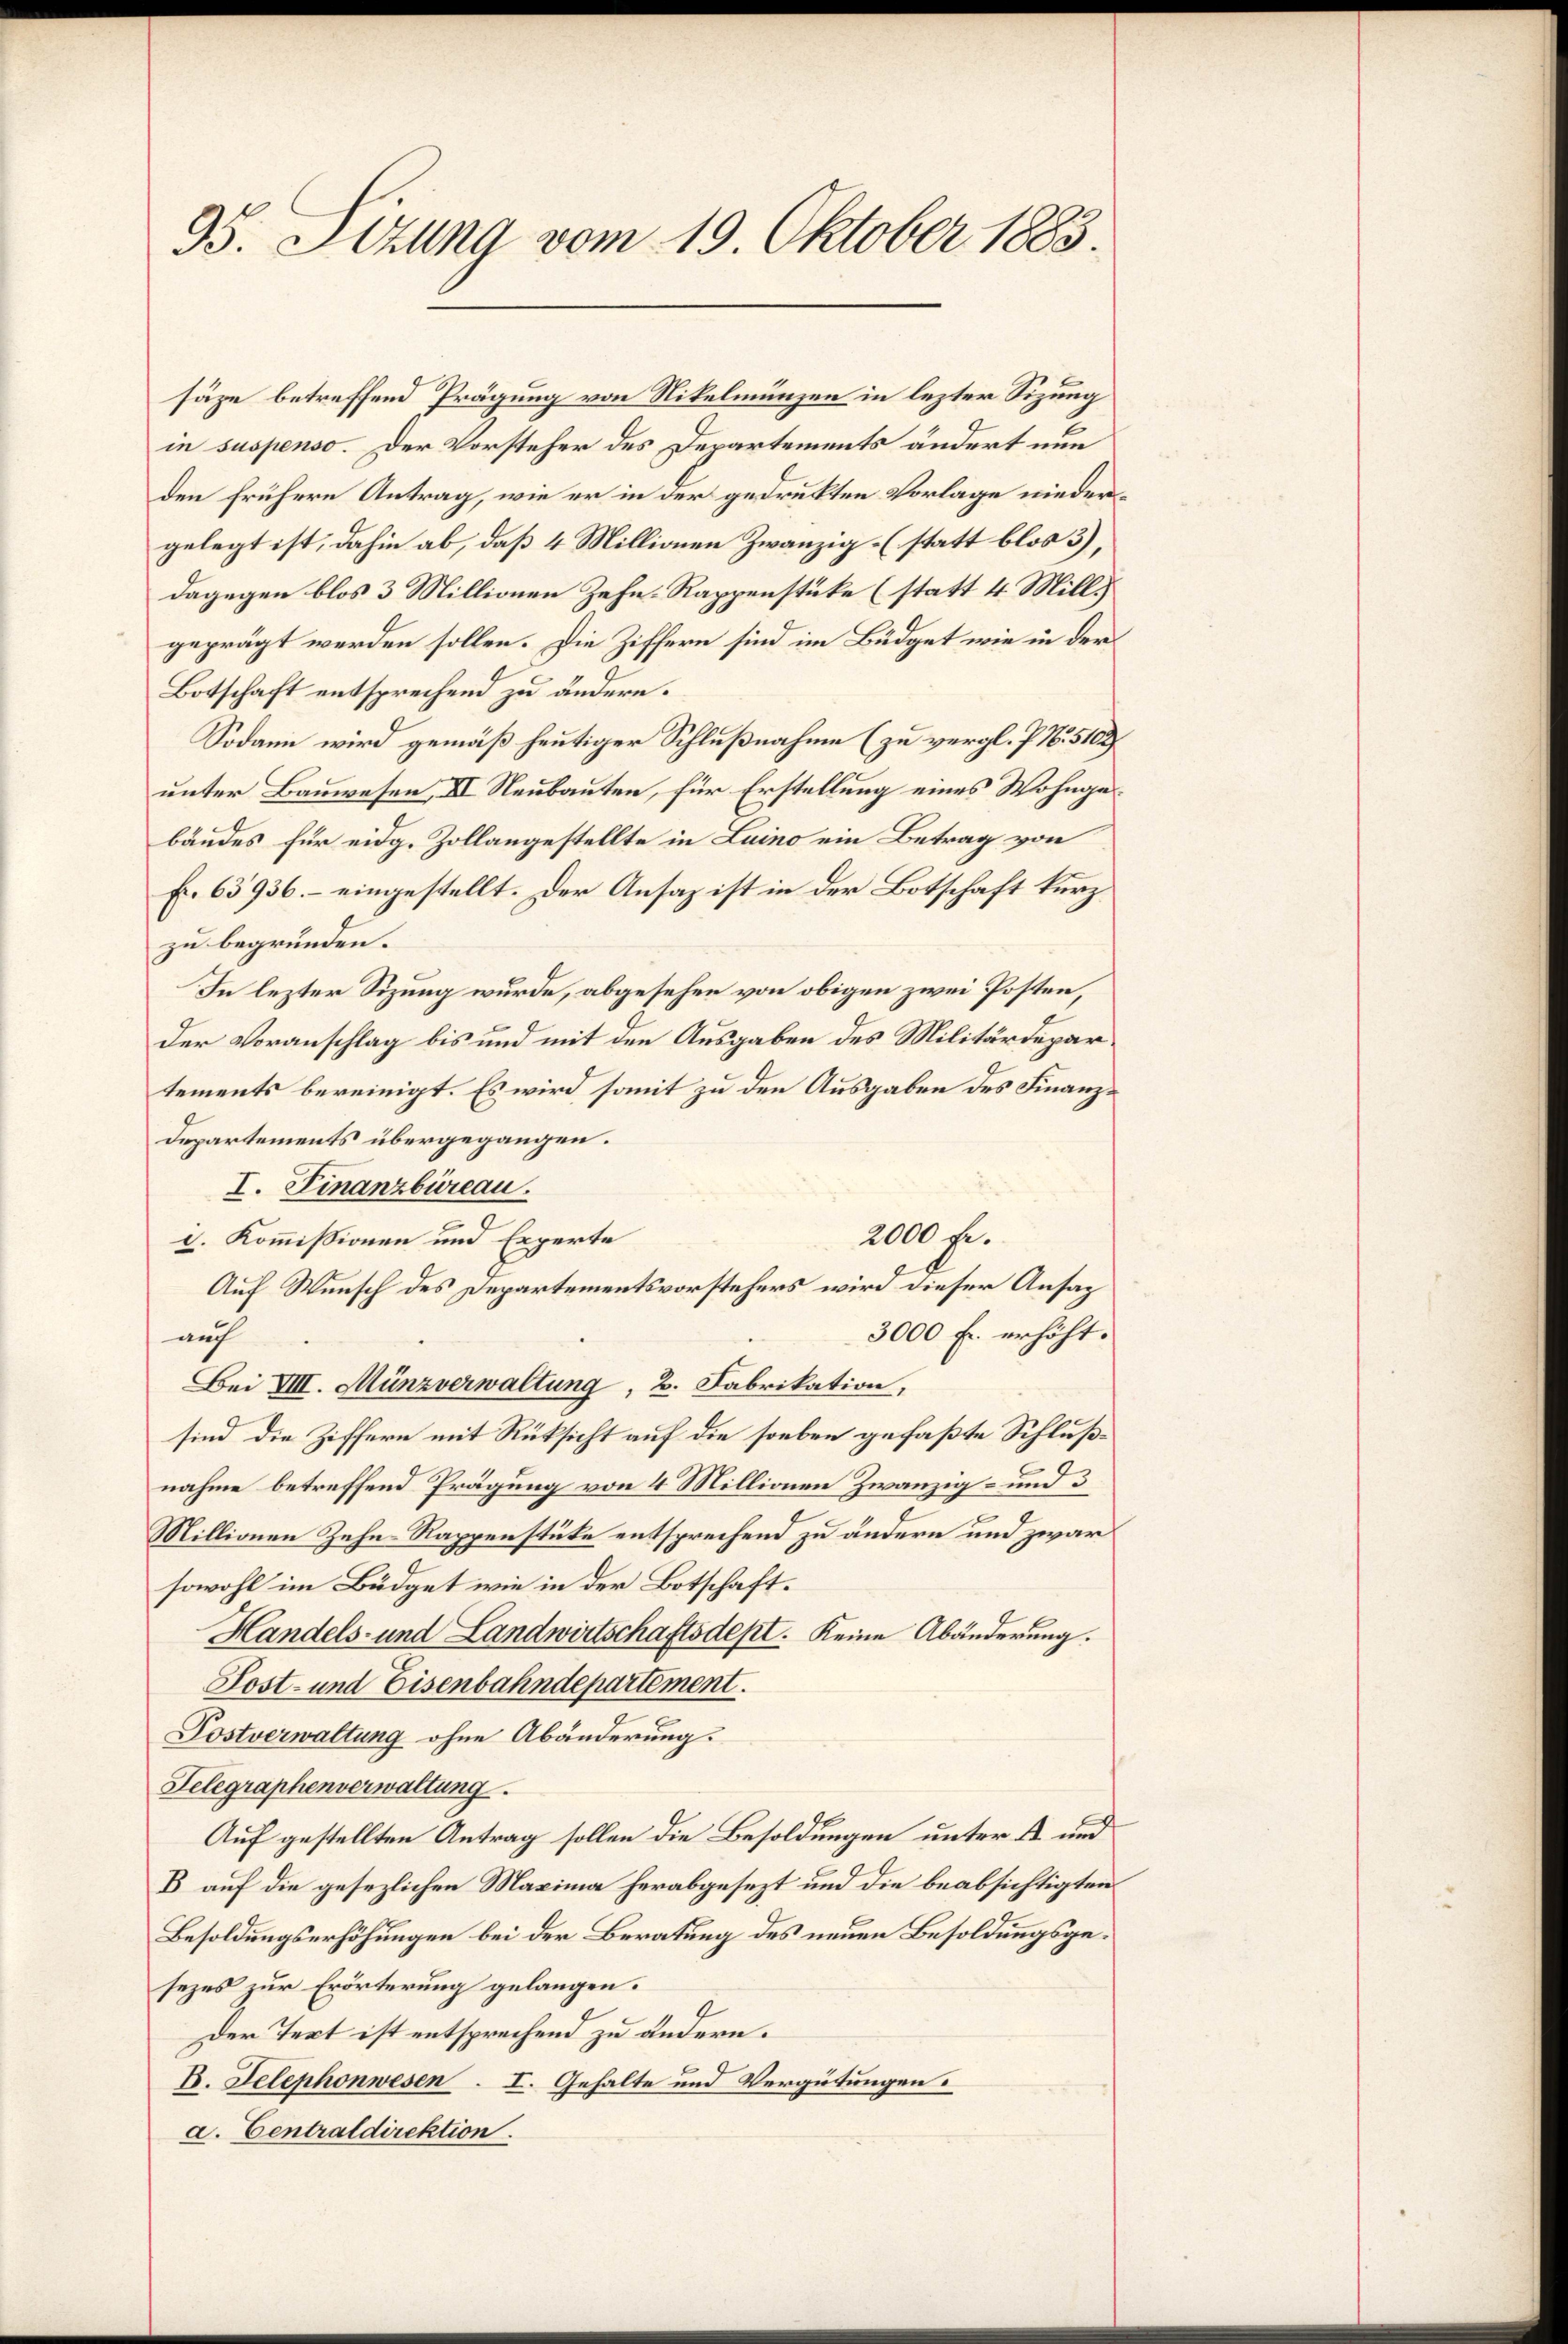
95. Setzung vom 19. Oktober 1883.

säze betreffend Prägung von Nikelmunzen in lezter Sizung
in suspenso. Der Vorsteher des Departements ändert nun
den frühere Antrag, wie er in der gedrukten Vorlage niedergelegt ist, dahin ab, daß 4 Millionen Zwanzig- (statt blos 3),
dagegen blos 3 Millionen Zehn-Rappenstüke (statt 4 Mill.
geprägt werden sollen. Die Ziffern sind im Büdget wie in der
Botschaft entsprechend zu ändern.
Sodann wird gemäß heutiger Schlußnahme (zu vergl. P. N. 5102
unter Bauwesen, II Neubauten, für Erstellung eines Wohngabändes für eidg. Zollangestellte in Luino ein Betrag von
f. 63936.– eingestellt. Der Ansaz ist in der Botschaft kurzzu begründen.
In lezter Sizung wurde, abgesehen von obigen zwei Posten,
Der Voranschlag bis und mit den Ausgaben des Militärdepartements bereinigt. Es wird somit zu den Ausgaben des Finanz¬
Departements übergegangen.
I. Finanzbüreau.
2000 fr.
d. Kommissionen und Experte
Auf Wunsch des Departementsvorstehers wird dieser Ansag
3000 Fr. erhöht.
auch
Bei VIII. Münzverwaltung, 2. Fabrikation,
sind die Ziffern mit Rüksicht auf die soeben gefaßte Schlußnahme betreffend Prägung von 4 Millionen Zwanzig- und 3
Millionen Zehn Rappenstücke entsprechend zu ändern und zwar
sowohl im Büdget wie in der Botschaft.
Handels- und Landwirtschaftsdept. Keine Abänderung.
Post- und Eisenbahndepartement.
Postverwaltung ohne Abänderung.
Telegraphenverwaltung
Auf gestellten Antrag sollen die Besoldungen unter 12 und
B auf die gesezlichen Maxima herabgesezt und die beabsichtigten
Besoldungserhöhungen bei der Beratung des neuen Besoldungsgesezes zur Erörterung gelangen.
Der Text ist entsprechend zu ändern.
B. Telephonwesen . I. Gehalte und Vergütungen.
a. Centraldirektion